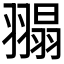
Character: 𦑼